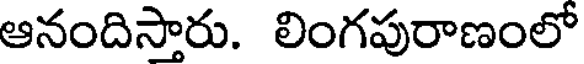
ఆనందిస్తారు. లింగపురాణంలో